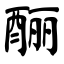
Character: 酾